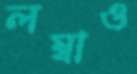
লম্বাও